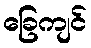
ခြေကျင်